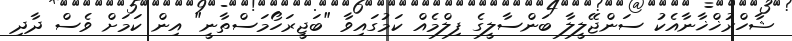
ޝާހްރުޚްޚާނާއެކު ސަންޖޭލީލާ ބަންސާލީގެ ފިލްމެއް ކަމުގައިވާ "ބަޖީރަހޯމަސްތާނީ" އިން ކަމަށް ވެސް ދާދި